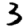
Digit: 3